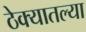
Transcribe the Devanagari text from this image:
ठेक्यातल्या